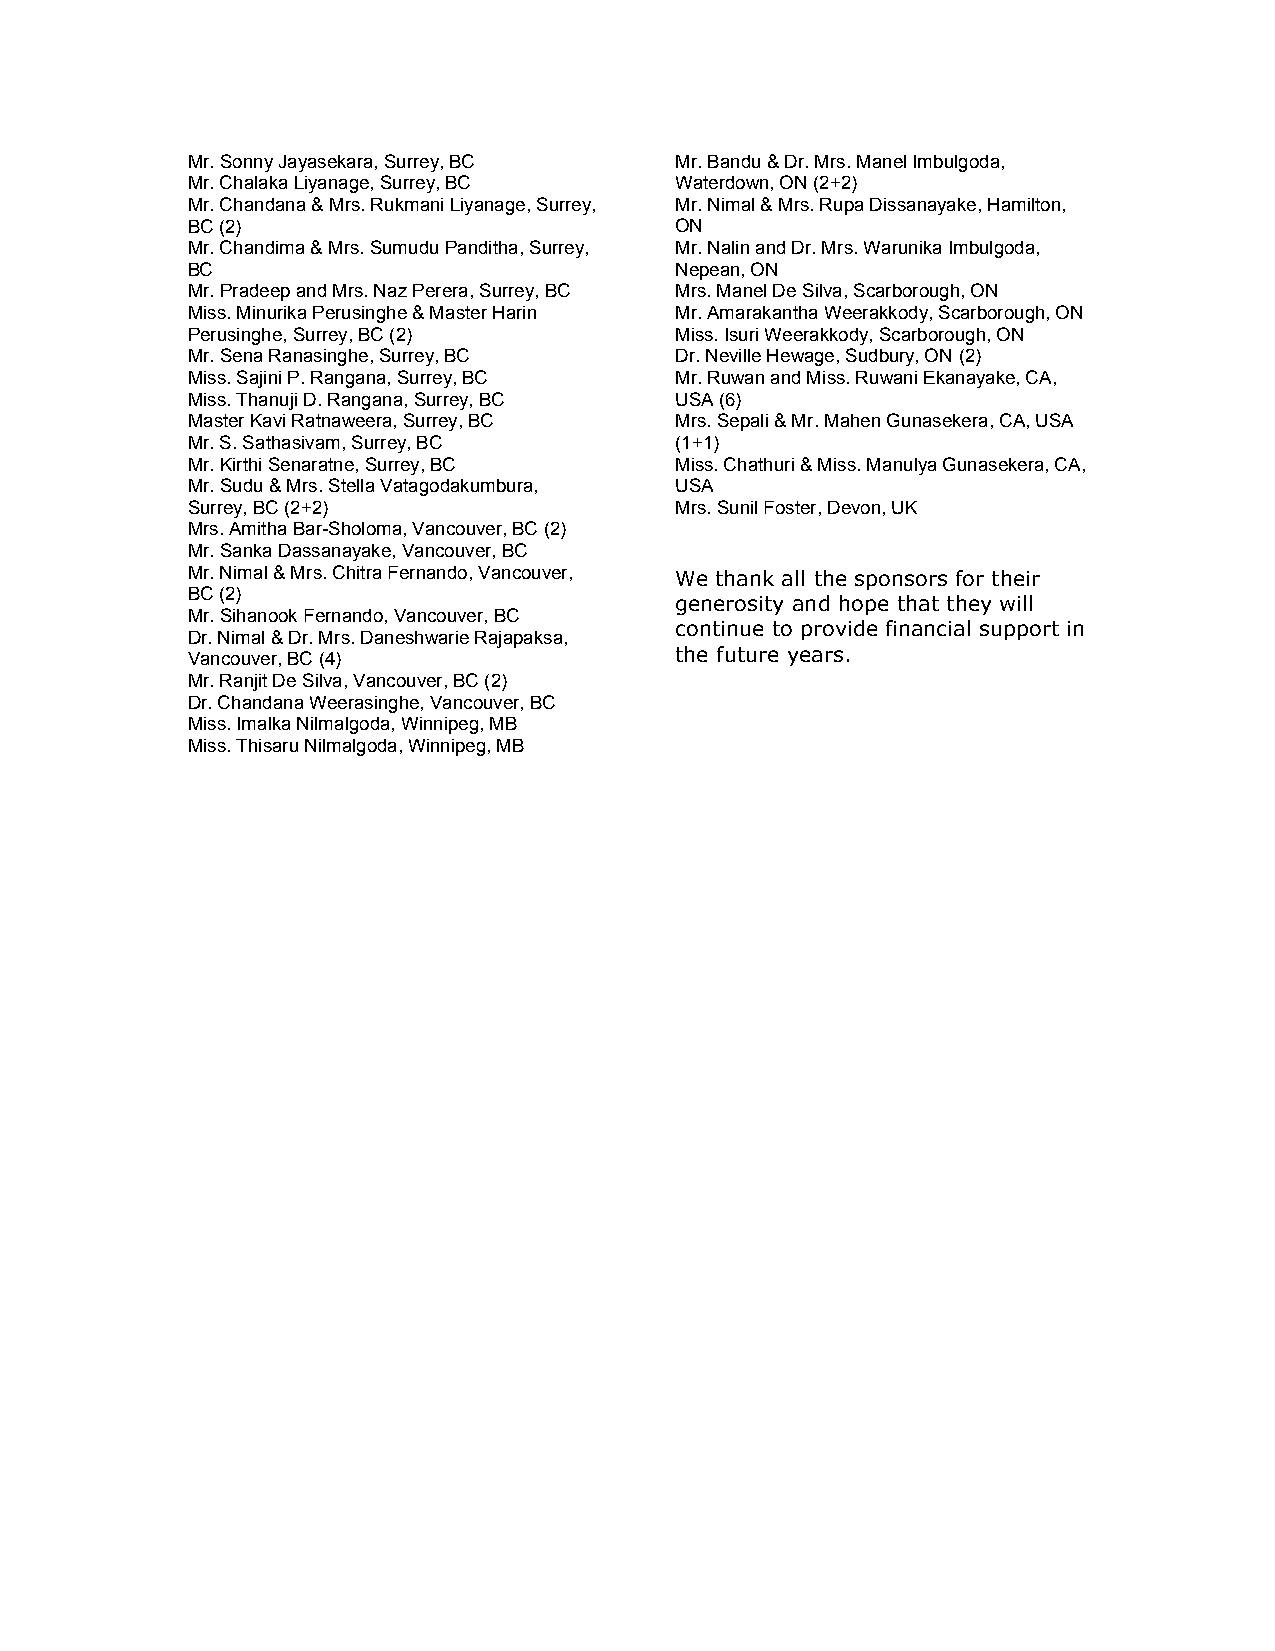
Mr. Sonny Jayasekara, Surrey, BC Mr. Bandu & Dr. Mrs. Manel Imbulgoda,
 Mr. Chalaka Liyanage, Surrey, BC Waterdown, ON (2+2)
 Mr. Chandana & Mrs. Rukmani Liyanage, Surrey, Mr. Nimal & Mrs. Rupa Dissanayake, Hamilton,
 BC (2)                           ON
 Mr. Chandima & Mrs. Sumudu Panditha, Surrey, Mr. Nalin and Dr. Mrs. Warunika Imbulgoda,
 BC                               Nepean, ON
 Mr. Pradeep and Mrs. Naz Perera, Surrey, BC Mrs. Manel De Silva, Scarborough, ON
 Miss. Minurika Perusinghe & Master Harin Mr. Amarakantha Weerakkody, Scarborough, ON
 Perusinghe, Surrey, BC (2)       Miss. Isuri Weerakkody, Scarborough, ON
 Mr. Sena Ranasinghe, Surrey, BC  Dr. Neville Hewage, Sudbury, ON (2)
 Miss. Sajini P. Rangana, Surrey, BC Mr. Ruwan and Miss. Ruwani Ekanayake, CA,
 Miss. Thanuji D. Rangana, Surrey, BC USA (6)
 Master Kavi Ratnaweera, Surrey, BC Mrs. Sepali & Mr. Mahen Gunasekera, CA, USA
 Mr. S. Sathasivam, Surrey, BC    (1+1)
 Mr. Kirthi Senaratne, Surrey, BC Miss. Chathuri & Miss. Manulya Gunasekera, CA,
 Mr. Sudu & Mrs. Stella Vatagodakumbura, USA
 Surrey, BC (2+2)                 Mrs. Sunil Foster, Devon, UK
 Mrs. Amitha Bar-Sholoma, Vancouver, BC (2)
 Mr. Sanka Dassanayake, Vancouver, BC
 Mr. Nimal & Mrs. Chitra Fernando, Vancouver, We thank all the sponsors for their
 BC (2)
 generosity and hope that they will
 Mr. Sihanook Fernando, Vancouver, BC
 continue to provide financial support in
 Dr. Nimal & Dr. Mrs. Daneshwarie Rajapaksa,
 Vancouver, BC (4)                the future years.
 Mr. Ranjit De Silva, Vancouver, BC (2)
 Dr. Chandana Weerasinghe, Vancouver, BC
 Miss. Imalka Nilmalgoda, Winnipeg, MB
 Miss. Thisaru Nilmalgoda, Winnipeg, MB